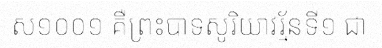
ស១០០១ គឺព្រះបាទសូរិយាវរ្ម័នទី១ ជា